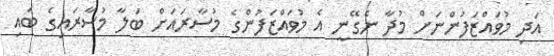
އަދި މުވައްޒަފުންނަށް މުދާ ނެގޭނީ އެ މުވައްޒަފުންގެ މުސާރައަށް ބަލާ މުސާރައިގެ ބައި